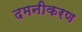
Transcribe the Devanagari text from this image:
दमनीकरण